Report of the Indian Hemp Drugs Commission, 1894-1895 - Volume II
Year: 1894
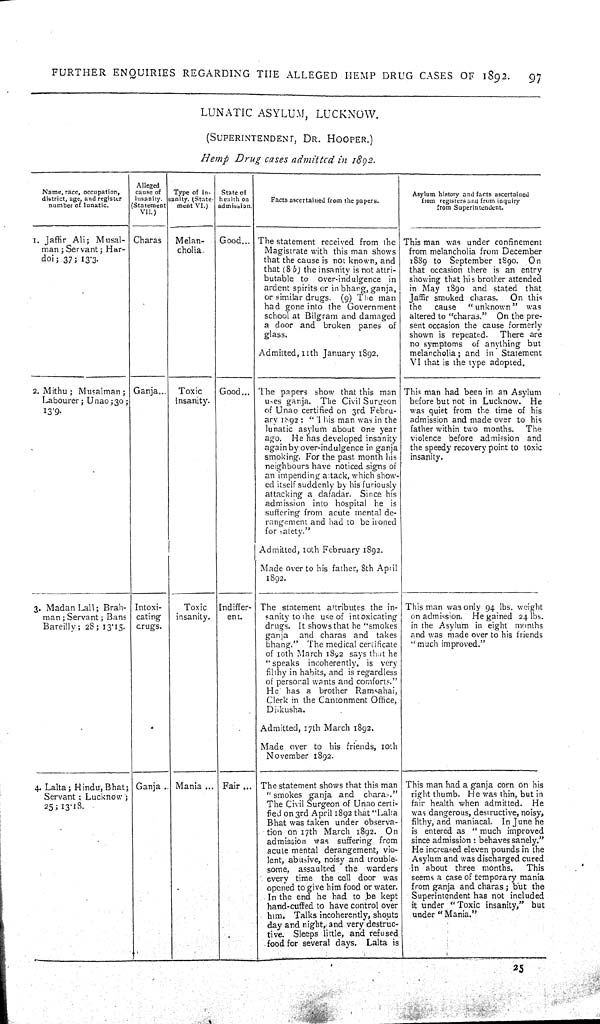
FURTHER ENQUIRIES REGARDING THE ALLEGED HEMP DRUG CASES OF 1892.
97
LUNATIC ASYLUM, LUCKNOW.
(SUPERINTENDENT, DR. HOOPER.)
Hemp Drug cases admitted in 1892.
Name, race, occupation,
district, age, and register
number of lunatic.
Alleged
cause of
insanity.
(Statement
VII.)
Type of in-
sanity. (State-
ment VI.)
State of
health on
admission.
Facts ascertained from the papers.
Asylum history and facts ascertained
from registers and from inquiry
from Superintendent.
1. Jaffir Ali; Musal-
man; Servant; Har-
doi; 37; 13.3.
Charas
Melan-
cholia.
Good
The statement received from the
Magistrate with this man shows
that the cause is not known, and
that (8b) the insanity is not attri-
butable to over-indulgence in
ardent spirits or in bhang, ganja,
or similar drugs. (9) The man
had gone into the Government
school at Bilgram and damaged
a door and broken panes of
glass.
Admitted, 11th January 1892.
This man was under confinement
from melancholia from December
1889 to September 1890. On
that occasion there is an entry
showing that his brother attended
in May 1890 and stated that
Jaffir smoked charas. On this
the cause "unknown" was
altered to "charas." On the pre-
sent occasion the cause formerly
shown is repeated. There are
no symptoms of anything but
melancholia; and in Statement
VI that is the type adopted.
2. Mithu; Musalman;
Labourer; Unao; 30;
13.9.
Ganja
Toxic
insanity.
Good
The papers show that this man
uses ganja. The Civil Surgeon
of Unao certified on 3rd Febru-
ary 1892: "This man was in the
lunatic asylum about one year
ago. He has developed insanity
again by over-indulgence in ganja
smoking. For the past month his
neighbours have noticed signs of
an impending attack, which show-
ed itself suddenly by his furiously
attacking a dafadar. Since his
admission into hospital he is
suffering from acute mental de-
rangement and had to be ironed
for safety."
Admitted, 10th February 1892.
Made over to his father, 8th April
1892.
This man had been in an Asylum
before but not in Lucknow. He
was quiet from the time of his
admission and made over to his
father within two months. The
violence before admission and
the speedy recovery point to toxic
insanity.
3. Madan Lall; Brah-
man; Servant; Bans
Bareilly; 28; 13.15.
Intoxi-
cating
drugs.
Toxic
insanity.
Indiffer-
ent.
The statement attributes the in-
sanity to the use of intoxicating
drugs. It shows that he "smokes
ganja and charas and takes
bhang." The medical certificate
of 10th March 1892 says that he
"speaks incoherently, is very
filthy in habits, and is regardless
of personal wants and comforts."
He has a brother Ramsahai,
Clerk in the Cantonment Office,
Dikusha.
Admitted, 17th March 1892.
Made over to his friends, 10th
November 1892.
This man was only 94 lbs. weight
on admission. He gained 24 lbs.
in the Asylum in eight months
and was made over to his friends
"much improved."
4. Lalta; Hindu, Bhat;
Servant; Lucknow;
25; 13.18.
Ganja
Mania
Fair
The statement shows that this man
"smokes ganja and charas."
The Civil Surgeon of Unao certi-
fied on 3rd April 1892 that "Lalta
Bhat was taken under observa-
tion on 17th March 1892. On
admission was suffering from
acute mental derangement, vio-
lent, abusive, noisy and trouble-
some, assaulted the warders
every time the cell door was
opened to give him food or water.
In the end he had to be kept
hand-cuffed to have control over
him. Talks incoherently, shouts
day and nighty, and very destruc-
tive. Sleeps little, and refused
food for several days. Lalta is
This man had a ganja corn on his
right thumb. He was thin, but in
fair health when admitted. He
was dangerous, destructive, noisy,
filthy, and maniacal. In June he
is entered as "much improved
since admission: behaves sanely."
He increased eleven pounds in the
Asylum and was discharged cured
in about three months.
This
seems a case of temporary mania
from ganja and charas; but the
Superintendent has not included
it under "Toxic insanity," but
under "Mania."
25